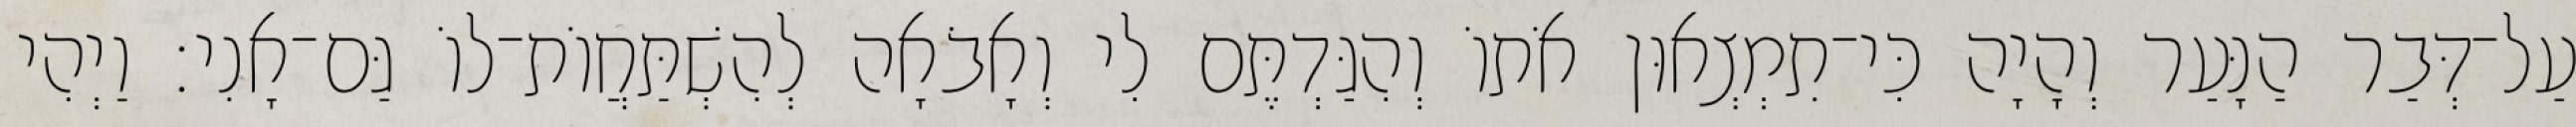
עַל־דְּבַר הַנָּעַר וְהָיָה כִּי־תִמְצְאוּן אֹתוֹ וְהִגַּדְתֶּם לִי וְאָבֹאָה לְהִשְׁתַּחֲוֹת־לוֹ גַּם־אָנִי׃ וַיְהִי